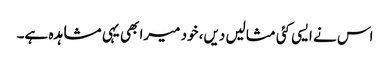
اس نے ایسی کئی مثالیں دیں، خود میرا بھی یہی مشاہدہ ہے۔